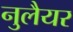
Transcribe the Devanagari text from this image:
नुलैयर